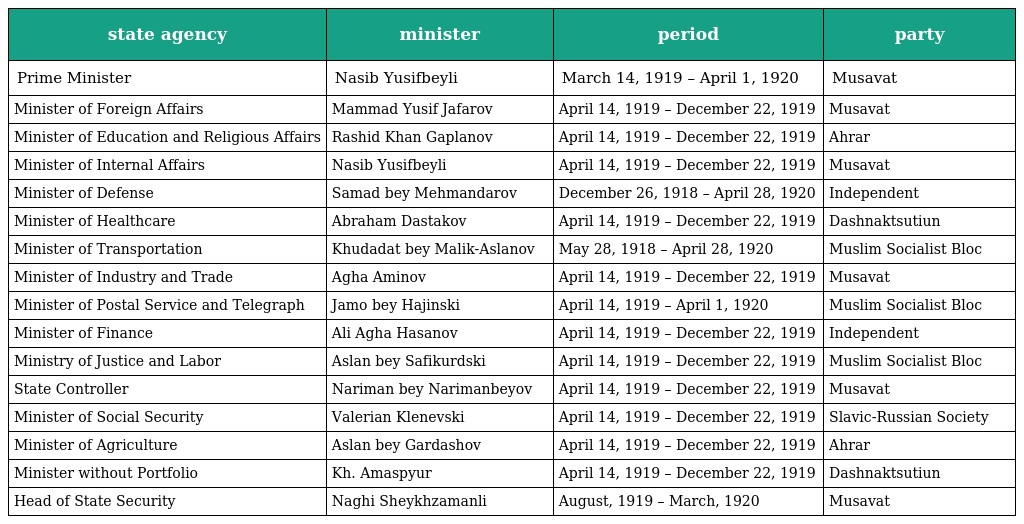
| state agency | minister | period | party |
 | --- | --- | --- | --- |
 | Prime Minister | Nasib Yusifbeyli | March 14, 1919 – April 1, 1920 | Musavat |
 | Minister of Foreign Affairs | Mammad Yusif Jafarov | April 14, 1919 – December 22, 1919 | Musavat |
 | Minister of Education and Religious Affairs | Rashid Khan Gaplanov | April 14, 1919 – December 22, 1919 | Ahrar |
 | Minister of Internal Affairs | Nasib Yusifbeyli | April 14, 1919 – December 22, 1919 | Musavat |
 | Minister of Defense | Samad bey Mehmandarov | December 26, 1918 – April 28, 1920 | Independent |
 | Minister of Healthcare | Abraham Dastakov | April 14, 1919 – December 22, 1919 | Dashnaktsutiun |
 | Minister of Transportation | Khudadat bey Malik-Aslanov | May 28, 1918 – April 28, 1920 | Muslim Socialist Bloc |
 | Minister of Industry and Trade | Agha Aminov | April 14, 1919 – December 22, 1919 | Musavat |
 | Minister of Postal Service and Telegraph | Jamo bey Hajinski | April 14, 1919 – April 1, 1920 | Muslim Socialist Bloc |
 | Minister of Finance | Ali Agha Hasanov | April 14, 1919 – December 22, 1919 | Independent |
 | Ministry of Justice and Labor | Aslan bey Safikurdski | April 14, 1919 – December 22, 1919 | Muslim Socialist Bloc |
 | State Controller | Nariman bey Narimanbeyov | April 14, 1919 – December 22, 1919 | Musavat |
 | Minister of Social Security | Valerian Klenevski | April 14, 1919 – December 22, 1919 | Slavic-Russian Society |
 | Minister of Agriculture | Aslan bey Gardashov | April 14, 1919 – December 22, 1919 | Ahrar |
 | Minister without Portfolio | Kh. Amaspyur | April 14, 1919 – December 22, 1919 | Dashnaktsutiun |
 | Head of State Security | Naghi Sheykhzamanli | August, 1919 – March, 1920 | Musavat |